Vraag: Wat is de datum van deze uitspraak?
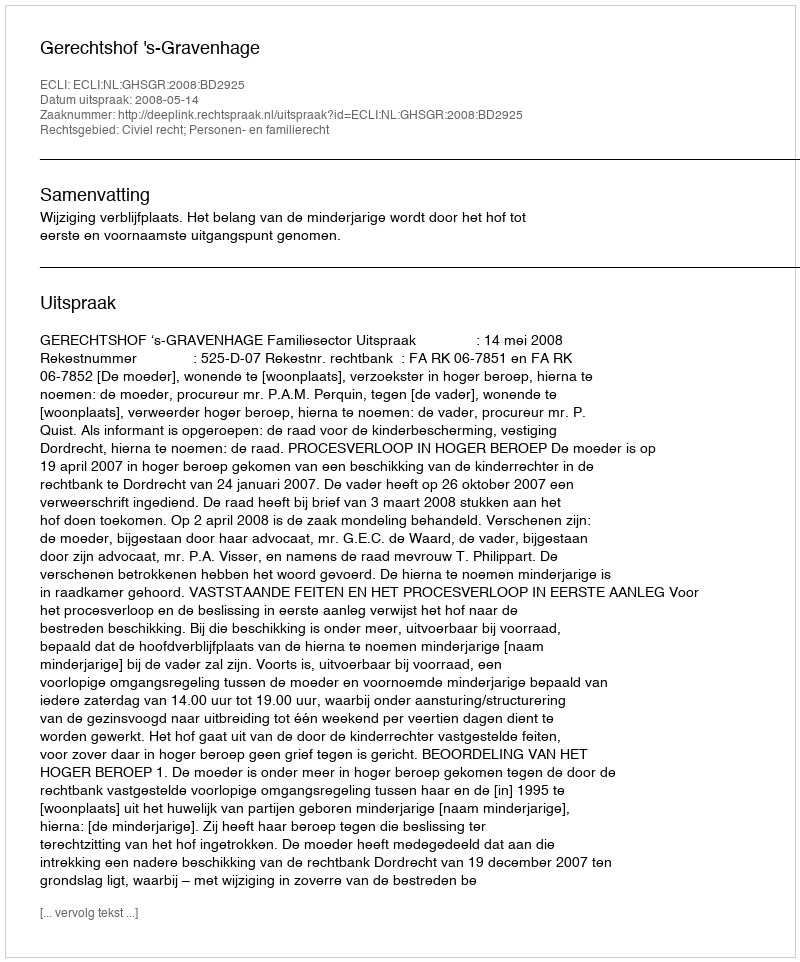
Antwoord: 2008-05-14